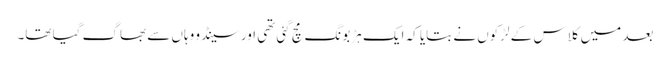
بعد میں کلاس کے لڑکوں نے بتایا کہ ایک ہڑبونگ مچ گئی تھی اور سینڈو وہاں سے بھاگ گیا تھا۔